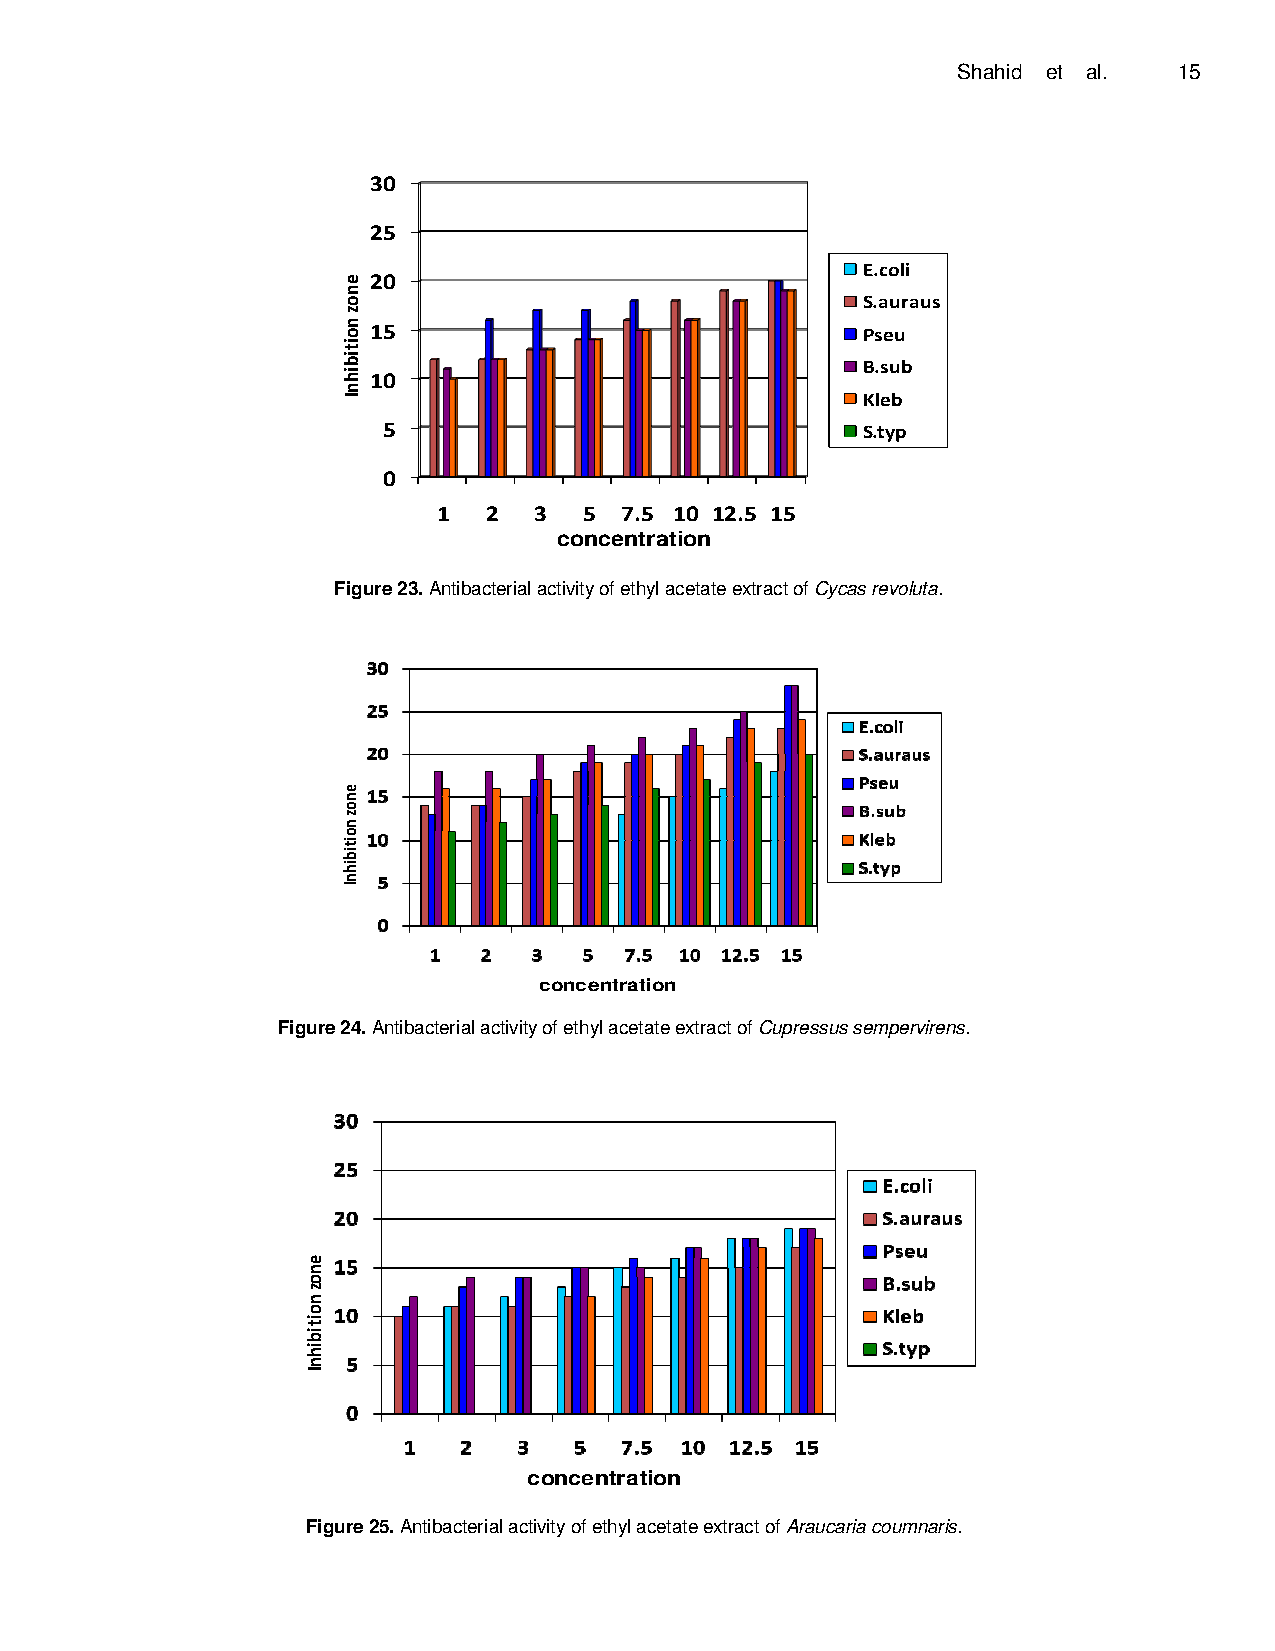
Shahid et al.  15
 30
 25
 E.coli
 20
 S.auraus
 15                               Pseu
 B.sub
 10
 Kleb
 5                               S.typ
 0
 1  2  3   5 7.5 10 12.5 15
 concentration
 Figure 23. Antibacterial activity of ethyl acetate extract of Cycas revoluta.
 concentration
 Figure 24. Antibacterial activity of ethyl acetate extract of Cupressus sempervirens.
 concentration
 Figure 25. Antibacterial activity of ethyl acetate extract of Araucaria coumnaris.
 enoz
 noitibihnI
 enoz
 noitibihnI
 enoz
 noitibihnI